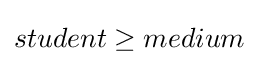
student\geq medium